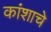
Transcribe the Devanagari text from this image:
कांशाचे